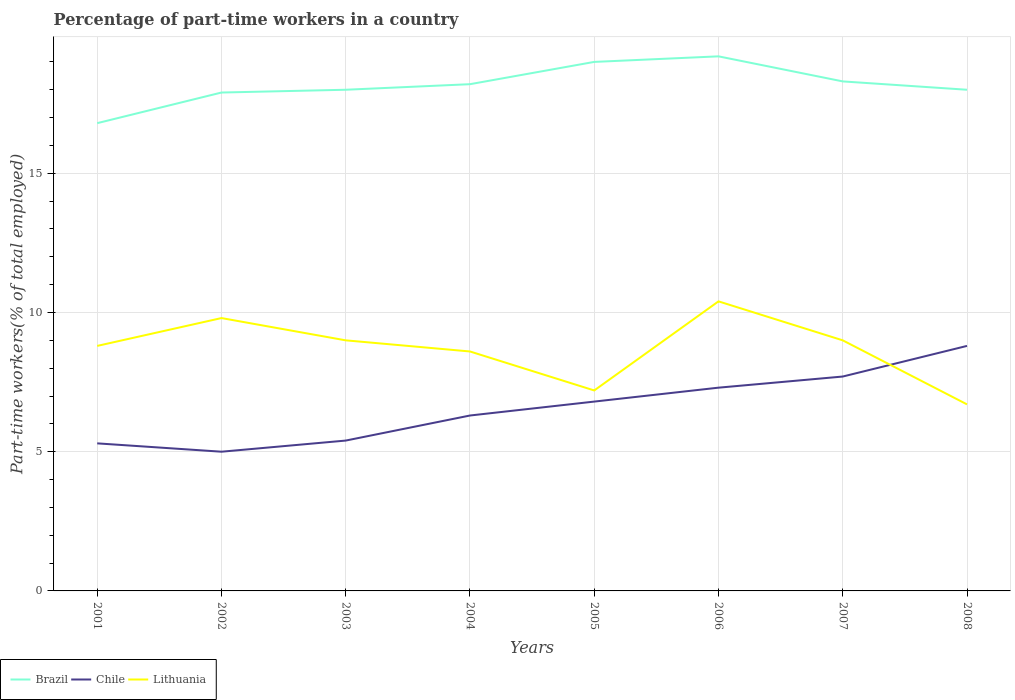
| Years | Brazil | Chile | Lithuania |
 | --- | --- | --- | --- |
 | 2001 | 16.8 | 5.3 | 8.8 |
 | 2002 | 17.9 | 5 | 9.8 |
 | 2003 | 18 | 5.4 | 9 |
 | 2004 | 18.2 | 6.3 | 8.6 |
 | 2005 | 19 | 6.8 | 7.2 |
 | 2006 | 19.2 | 7.3 | 10.4 |
 | 2007 | 18.3 | 7.7 | 9 |
 | 2008 | 18 | 8.8 | 6.7 |